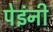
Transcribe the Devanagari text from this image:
पेइंनी